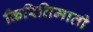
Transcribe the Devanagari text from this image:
किरितिमाती